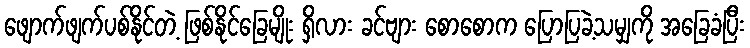
ဖျောက်ဖျက်ပစ်နိုင်တဲ့ ဖြစ်နိုင်ခြေမျိုး ရှိလား ခင်ဗျား စောစောက ပြောပြခဲ့သမျှကို အခြေခံပြီး